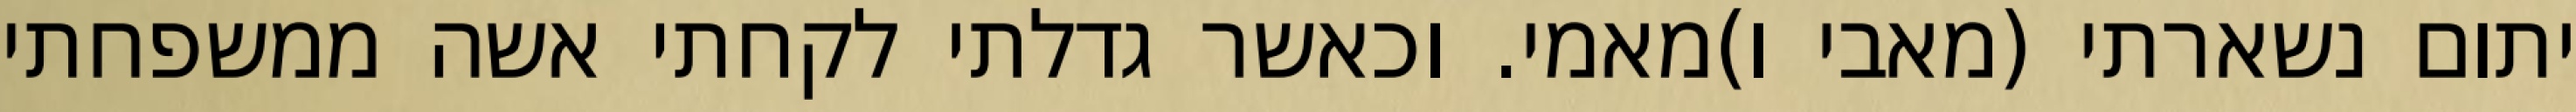
יתום נשארתי (מאבי ו)מאמי. וכאשר גדלתי לקחתי אשה ממשפחתי